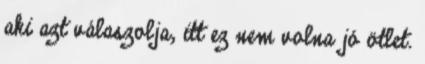
aki azt válaszolja, itt ez nem volna jó ötlet.